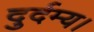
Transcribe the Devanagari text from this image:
दुर्दम्य।